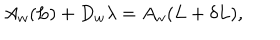
A _ { w } ( L ) + D _ { w } \lambda = A _ { w } ( L + \delta L ) ,